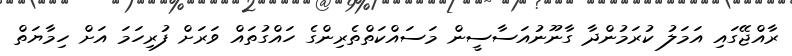
ރާއްޖޭގައި އަމަލު ކުރަމުންދާ ގާނޫނުއަސާސީން މަސައްކަތްތެރިންގެ ހައްގުތައް ވަރަށް ފުރިހަމަ އަށް ހިމާޔަތް